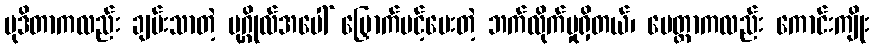
မုဒိတာကလည်း ချမ်းသာတဲ့ ပုဂ္ဂိုလ်အပေါ် မြှောက်ပင့်ပေးတဲ့ ဘက်လိုက်မှုရှိတယ်၊ မေတ္တာကလည်း ကောင်းကျိုး